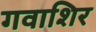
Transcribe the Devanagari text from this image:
गवाशिर